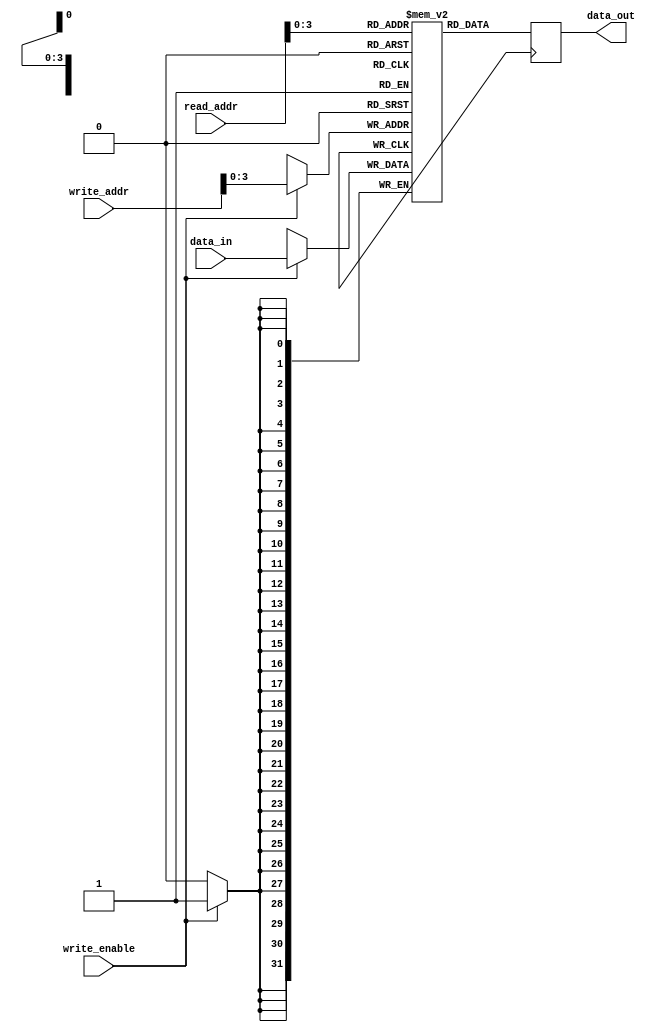
module memory_blocks_stack_reg_file (
  input wire [31:0] data_in,
  input wire [4:0] read_addr,
  input wire [4:0] write_addr,
  input wire write_enable,
  output reg [31:0] data_out
);

  reg [31:0] memory_block_1 [15:0];
  reg [31:0] memory_block_2 [15:0];
  reg [31:0] memory_block_3 [15:0];
  
  always @ (posedge clock) begin
    if (write_enable) begin
      memory_block_1[write_addr] <= data_in;
      memory_block_2[write_addr] <= data_in;
      memory_block_3[write_addr] <= data_in;
    end
    
    data_out <= memory_block_1[read_addr];
  end

endmodule